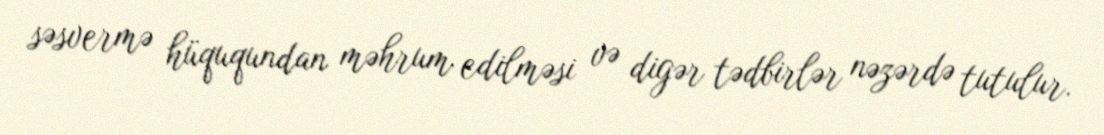
səsvermə hüququndan məhrum edilməsi və digər tədbirlər nəzərdə tutulur.